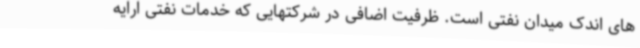
های اندک میدان نفتی است. ظرفیت اضافی در شرکتهایی که خدمات نفتی ارایه